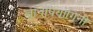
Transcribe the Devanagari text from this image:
ज्ञानोपयोगिनी